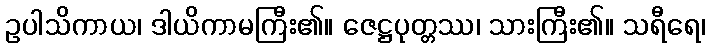
ဥပါသိကာယ၊ ဒါယိကာမကြီး၏။ ဇေဋ္ဌပုတ္တဿ၊ သားကြီး၏။ သရီရေ၊